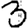
Digit: 3